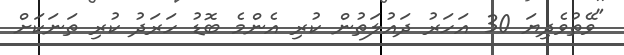
"ވޭތުވެދިޔަ 30 އަހަރު ދައުލަތުން ކުރި އެންމެ ބޮޑު ހަރަދު ކުރި ތަނަކަށް